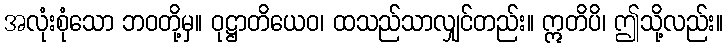
အလုံးစုံသော ဘဝတို့မှ။ ဝုဋ္ဌာတိယေဝ၊ ထသည်သာလျှင်တည်း။ ဣတိပိ၊ ဤသို့လည်း။